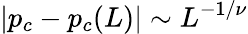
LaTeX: |p_{c}-p_{c}(L)|\sim L^{-1/\nu}